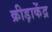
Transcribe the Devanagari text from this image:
क्रीड़ाकेंद्र